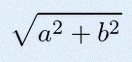
\sqrt{a^2+b^2}